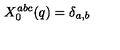
X _ { 0 } ^ { a b c } ( q ) = \delta _ { a , b }